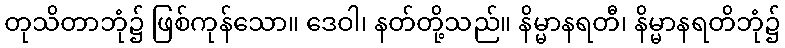
တုသိတာဘုံ၌ ဖြစ်ကုန်သော။ ဒေဝါ၊ နတ်တို့သည်။ နိမ္မာနရတီ၊ နိမ္မာနရတိဘုံ၌